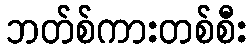
ဘတ်စ်ကားတစ်စီး